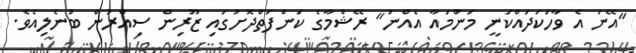
"އޭނަ އެ ވާހަކަދައްކަނީ މަންމައާ އެއްނު" ރޭޝްމާގެ ކަންފަތްދޮށުގައި ޒޫރިން ސިއްރުން ބުނެލިއެވެ.